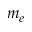
m _ { e }